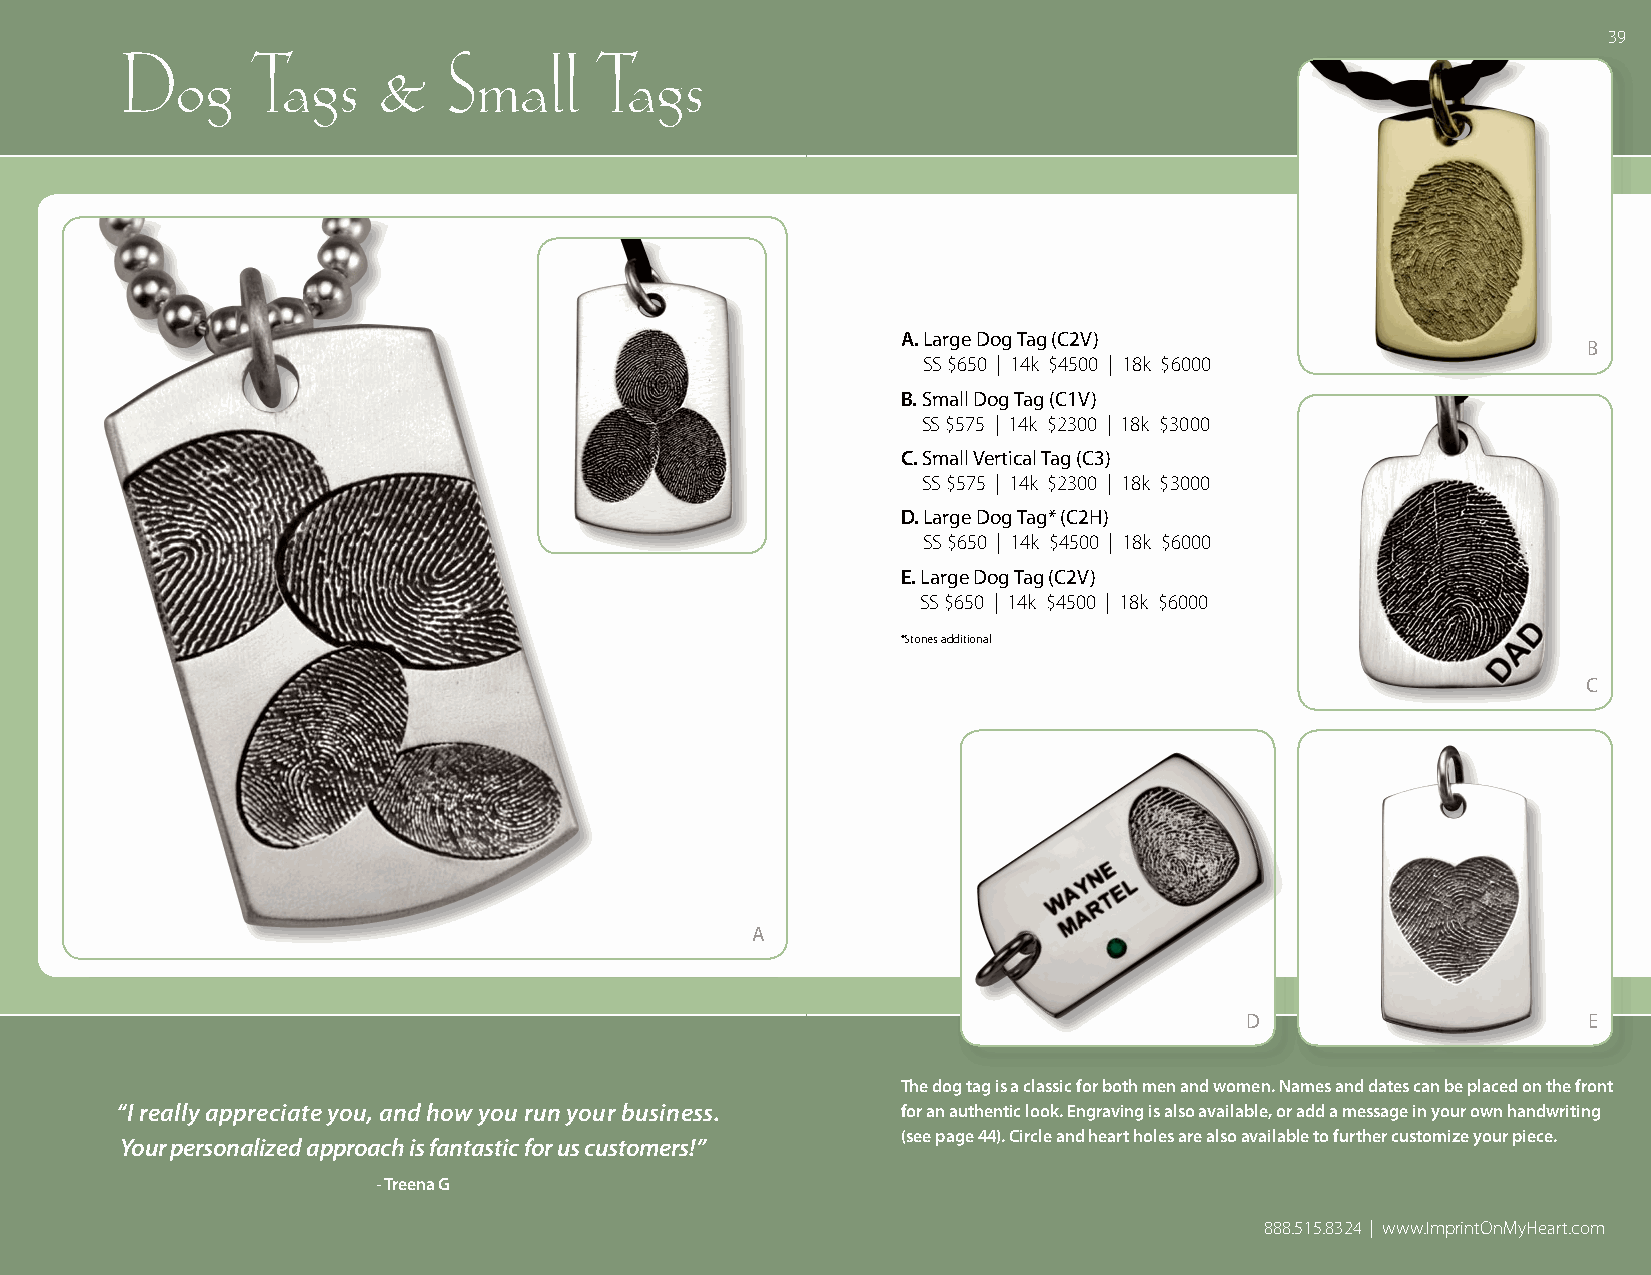
39
 Dog      Tags    &    Small     Tags
 A. Large Dog Tag (C2V)
 B
 SS $650 | 14k $4500 | 18k $6000
 B. Small Dog Tag (C1V)
 SS $575 | 14k $2300 | 18k $3000
 C. Small Vertical Tag (C3)
 SS $575 | 14k $2300 | 18k $3000
 D. Large Dog Tag* (C2H)
 SS $650 | 14k $4500 | 18k $6000
 E. Large Dog Tag (C2V)
 SS $650 | 14k $4500 | 18k $6000
 *Stones additional
 C
 A
 D                      E
 The dog tag is a classic for both men and women. Names and dates can be placed on the front
 “I really appreciate you, and how you run your business. for an authentic look. Engraving is also available, or add a message in your own handwriting
 (see page 44). Circle and heart holes are also available to further customize your piece.
 Your personalized approach is fantastic for us customers!”
 - Treena G
 888.515.8324 | www.ImprintOnMyHeart.com